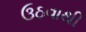
ઉઠવાથી